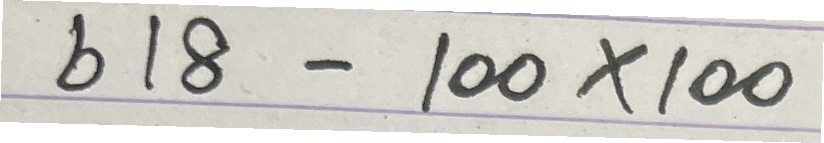
618 - 100 x 100